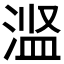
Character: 𬈋